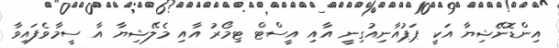
އިންޑޮނޭޝިޔާ އަކީ ޕަޕުއާނިއުގިނީ އާއި އީސްޓް ޓިމޯރު އާއި މެލޭޝިޔާ އާ ސީމާވެފައިވާ